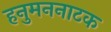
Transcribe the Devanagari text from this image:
हनुमननाटक